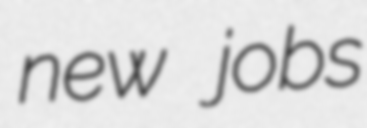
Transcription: new jobs